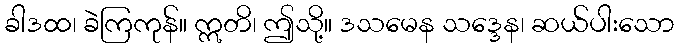
ခါဒထ၊ ခဲကြကုန်။ ဣတိ၊ ဤသို့။ ဒသမေန သဒ္ဒေန၊ ဆယ်ပါးသော